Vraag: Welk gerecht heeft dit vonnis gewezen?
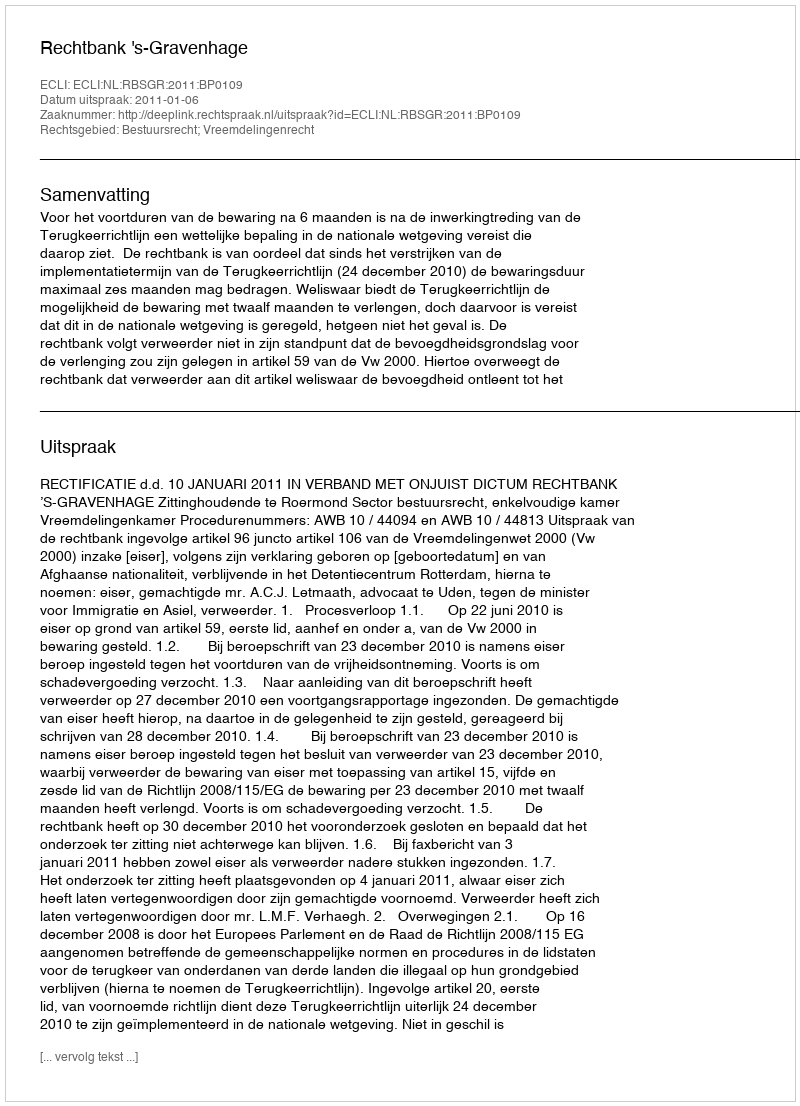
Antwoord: Rechtbank 's-Gravenhage